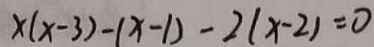
x ( x - 3 ) - ( x - 1 ) - 2 ( x - 2 ) = 0